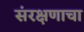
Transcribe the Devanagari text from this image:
संरक्षणाचा